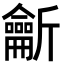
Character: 𪛊